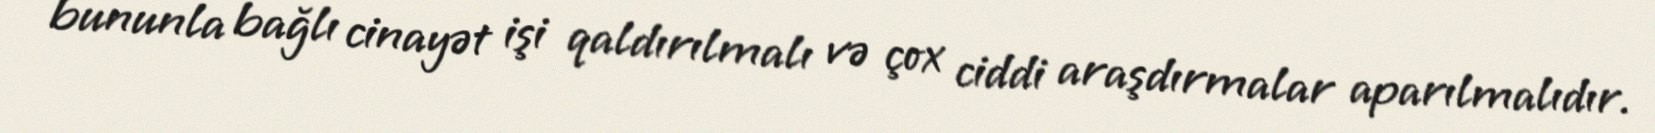
bununla bağlı cinayət işi qaldırılmalı və çox ciddi araşdırmalar aparılmalıdır.